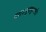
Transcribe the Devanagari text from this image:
पराऽपूर्वमुच्यते।